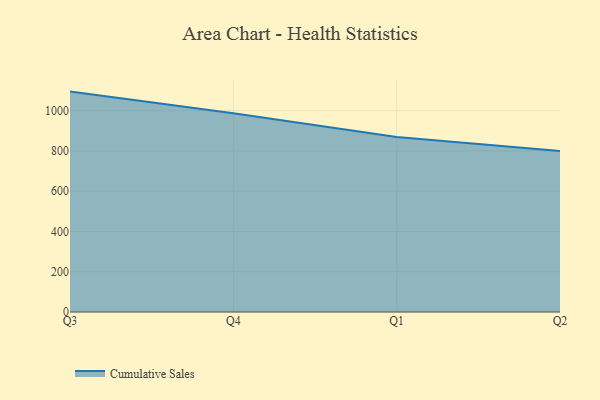
{"axis": {"x": "Quarter", "y": "Inventory Turnover"}, "legend": ["Cumulative Sales"], "data": [{"x": "Q3", "y": 1094.8, "type": "Cumulative Sales"}, {"x": "Q4", "y": 987.8, "type": "Cumulative Sales"}, {"x": "Q1", "y": 869.6, "type": "Cumulative Sales"}, {"x": "Q2", "y": 800, "type": "Cumulative Sales"}]}